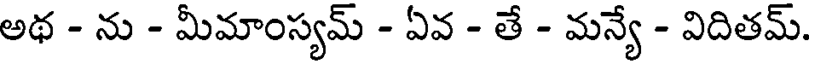
అథ - ను - మీమాంస్యమ్ - ఏవ - తే - మన్యే - విదితమ్.